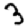
Digit: 3